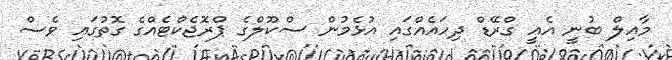
މާއިލް ބުނީ އެއީ ގްރޭޑް ދިހައެއްގައި އުޅެމުން ސްކޫލްގެ ޕްރޮޖެކްޓެއްގެ ގޮތުގައި ވެސް